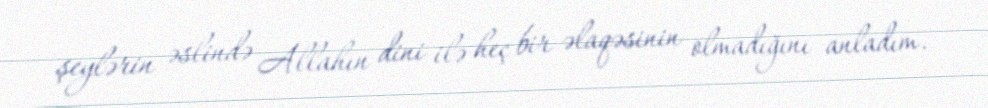
şeylərin əslində Allahın dini ilə heç bir əlaqəsinin olmadığını anladım.